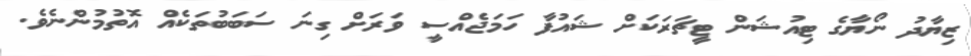
ޒިޔާދު ނޯޔާގެ ޓިއުޝަން ޓީޗަރަކަށް ޝައުފާ ހަމަޖެއްސީ ވަރަށް ގިނަ ސަބަބުތަކެއް އޮތުމުންނެވެ.